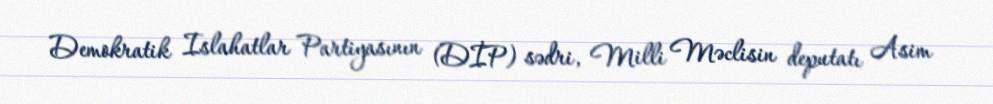
Demokratik Islahatlar Partiyasının (DİP) sədri, Milli Məclisin deputatı Asim